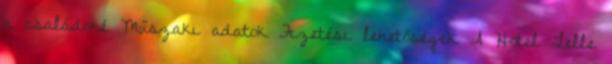
a családoké Műszaki adatok Fizetési lehetőségek A Hotel Lelle